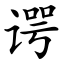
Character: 谔